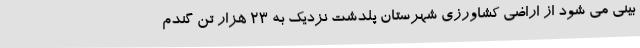
بینی می شود از اراضی کشاورزی شهرستان پلدشت نزدیک به 23 هزار تن گندم